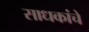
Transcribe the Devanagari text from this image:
साधकांचे